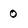
Character: o